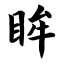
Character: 眸